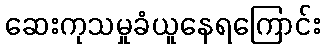
ဆေးကုသမှုခံယူနေရကြောင်း